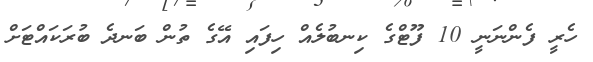
ހެރީ ފެންނަނީ 10 ފޫޓްގެ ކިނބުލެއް ހިފައި އޭގެ ތުން ބަނދެ ބުރަކައްޓަށް